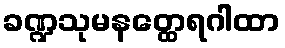
ခဏ္ဍသုမနတ္ထေရဂါထာ